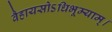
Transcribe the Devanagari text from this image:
वैहायसोऽधिभूम्याम्।